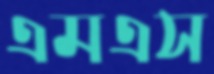
এমএস